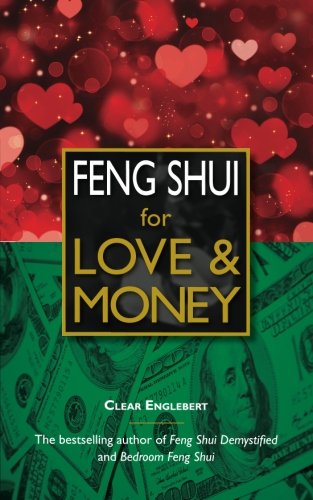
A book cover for Feng Shui for Love & Money; Clear Englebert; Religion & Spirituality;